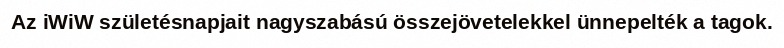
Az iWiW születésnapjait nagyszabású összejövetelekkel ünnepelték a tagok.